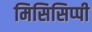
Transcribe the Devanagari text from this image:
मिसिसिप्‍पी